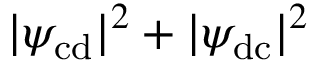
| \psi _ { \mathrm { c d } } | ^ { 2 } + | \psi _ { \mathrm { d c } } | ^ { 2 }